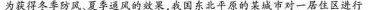
为获得冬季防风、夏季风的效果，我国东北平原的某城市对一居住区进行